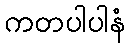
ကတပါပါနံ